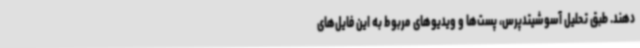
دهند. طبق تحلیل آسوشیتدپرس، پست‌ها و ویدیوهای مربوط به این فایل‌های